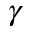
\gamma